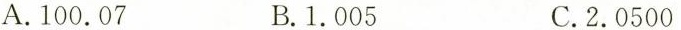
A.100.07 B.1.005 C.2.0500